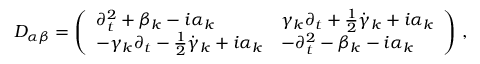
{ \cal D } _ { \alpha \beta } = \left( \begin{array} { l l } { { \partial _ { t } ^ { 2 } + \beta _ { k } - i \alpha _ { k } } } & { { \gamma _ { k } \partial _ { t } + \textstyle { \frac { 1 } { 2 } } \dot { \gamma } _ { k } + i \alpha _ { k } } } \\ { { - \gamma _ { k } \partial _ { t } - \textstyle { \frac { 1 } { 2 } } \dot { \gamma } _ { k } + i \alpha _ { k } } } & { { - \partial _ { t } ^ { 2 } - \beta _ { k } - i \alpha _ { k } } } \end{array} \right) \, ,